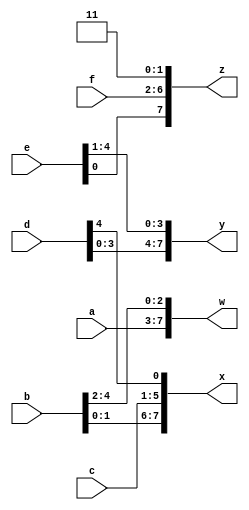
`timescale 1ns / 1ps
//////////////////////////////////////////////////////////////////////////////////
// Company: 
// Engineer: 
// 
// Design Name: 
// Module Name: Vector3
// Project Name: 
// Target Devices: 
// Tool Versions: 
// Description: 
// 
// Dependencies: 
// 
// Revision:
// Revision 0.01 - File Created
// Additional Comments:
// 
//////////////////////////////////////////////////////////////////////////////////


module Vector3(
    input [4:0] a, b, c, d, e, f,
    output [7:0] w, x, y, z );//
	
	assign w={a,b[4:2]};
	assign x={b[1:0],c,d[4]};
	assign y={d[3:0],e[4:1]};
	assign z={e[0],f,2'b11};
endmodule